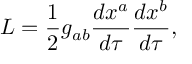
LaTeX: { \cal L } = \frac 1 2 g _ { a b } \frac { d x ^ { a } } { d \tau } \frac { d x ^ { b } } { d \tau } ,